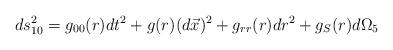
LaTeX: \begin{align*}ds^{2}_{10}=g_{00}(r)dt^{2}+g(r)(d\vec{x})^{2}+ g_{rr}(r)dr^{2}+g_{S}(r)d\Omega_{5}\end{align*}